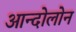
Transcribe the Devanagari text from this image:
आन्दोलोन